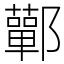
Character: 鄿